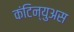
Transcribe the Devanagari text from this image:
कंटिन्युअस